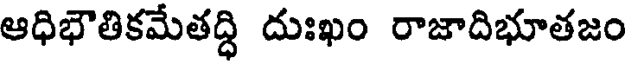
ఆధిభౌతికమేతద్ధి దుఃఖం రాజాదిభూతజం